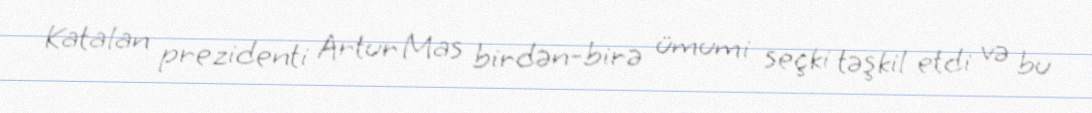
Katalan prezidenti Artur Mas birdən-birə ümumi seçki təşkil etdi və bu